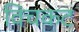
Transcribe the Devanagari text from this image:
विचकट